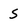
Character: S